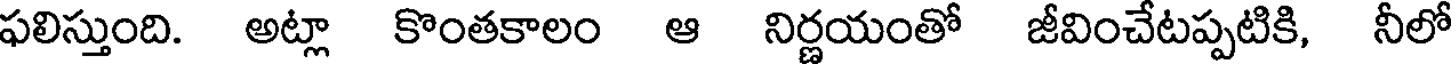
ఫలిస్తుంది. అట్లా కొంతకాలం ఆ నిర్ణయంతో జీవించేటప్పటికి, నీలో